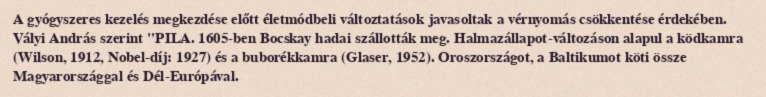
A gyógyszeres kezelés megkezdése előtt életmódbeli változtatások javasoltak a vérnyomás csökkentése érdekében. Vályi András szerint "PILA. 1605-ben Bocskay hadai szállották meg. Halmazállapot-változáson alapul a ködkamra (Wilson, 1912, Nobel-díj: 1927) és a buborékkamra (Glaser, 1952). Oroszországot, a Baltikumot köti össze Magyarországgal és Dél-Európával.